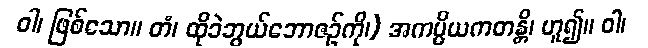
ဝါ၊ ဖြစ်သော။ တံ၊ ထိုခဲဘွယ်ဘောဇဉ်ကို၊) အကပ္ပိယကတန္တိ၊ ဟူ၍။ ဝါ၊